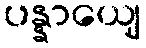
ပန္နာယျေ